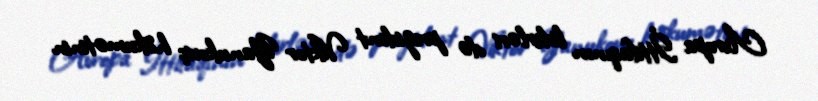
Avropa İttifaqının liderləri də prezident Viktor Yanukoviç hökumətinin